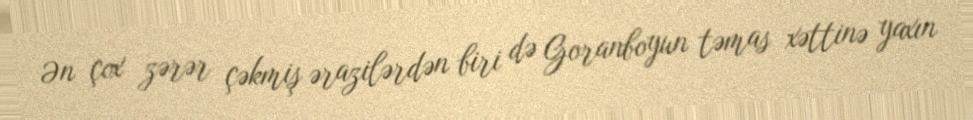
Ən çox zərər çəkmiş ərazilərdən biri də Goranboyun təmas xəttinə yaxın